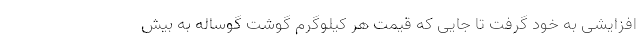
افزایشی به خود گرفت تا جایی که قیمت هر کیلوگرم گوشت گوساله به بیش